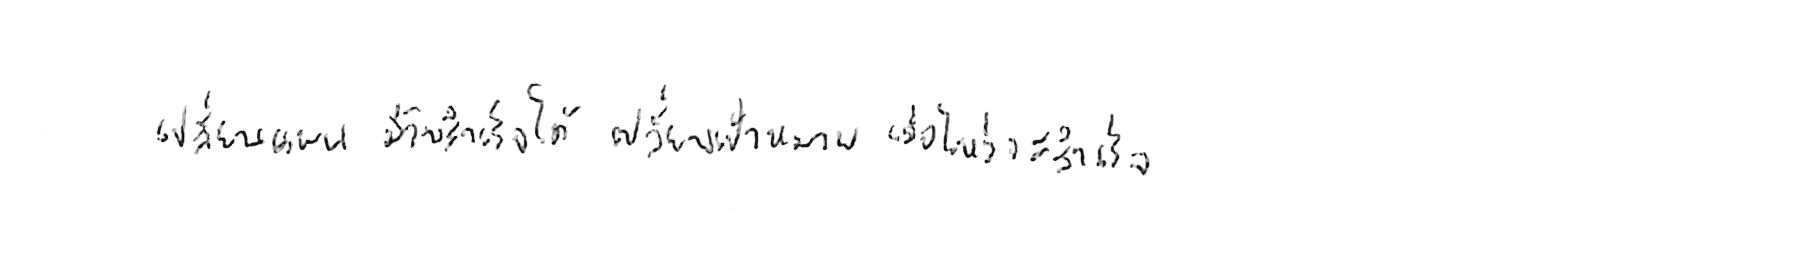
เปลี่ยนแผน มีวันสำเร็จได้ เปลี่ยนเป้าหมาย เมื่อไหร่จะสำเร็จ